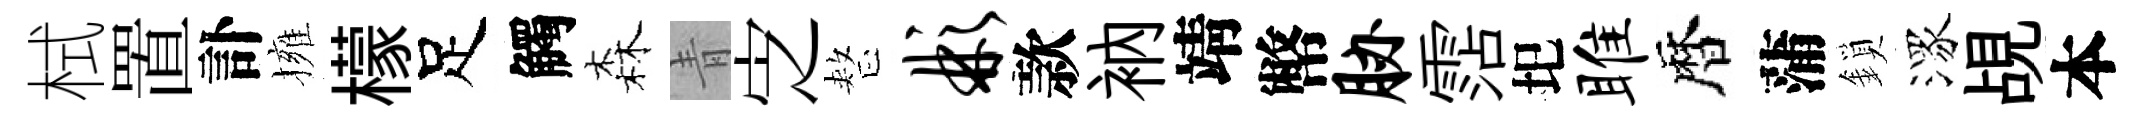
栻置訃擁檬足觸森青㝎整彬款衲靖幣胁霑圯雎暦蒲鎖潈覘本